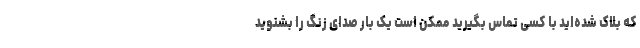
که بلاک شده‌اید با کسی تماس بگیرید ممکن است یک بار صدای زنگ را بشنوید